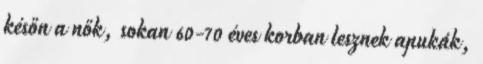
későn a nők, sokan 60-70 éves korban lesznek apukák,